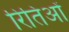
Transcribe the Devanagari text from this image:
रितिओं